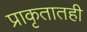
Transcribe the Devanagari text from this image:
प्राकृतातही